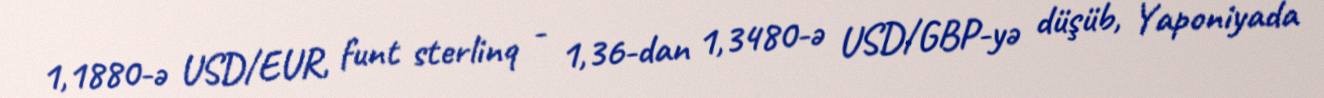
1,1880-ə USD/EUR, funt sterlinq - 1,36-dan 1,3480-ə USD/GBP-yə düşüb, Yaponiyada